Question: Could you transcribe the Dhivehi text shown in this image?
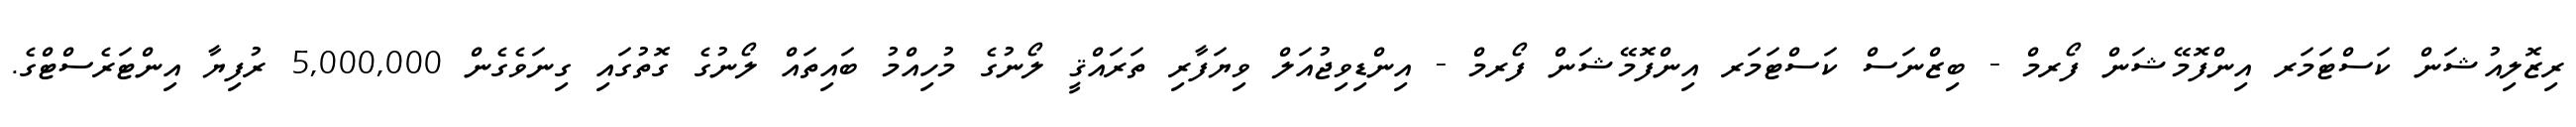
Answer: ރިޒޮލިއުޝަން ކަސްޓަމަރ އިންފޮމޭޝަން ފޯރމް - ބިޒްނަސް ކަސްޓަމަރ އިންފޮމޭޝަން ފޯރމް - އިންޑިވިޖުއަލް ވިޔަފާރި ތަރައްޤީ ލޯނުގެ މުހިއްމު ބައިތައް ލޯނުގެ ގޮތުގައި ގިނަވެގެން 5,000,000 ރުފިޔާ އިންޓަރެސްޓްގެ.